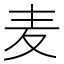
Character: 麦